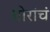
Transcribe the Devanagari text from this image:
मोरांचं